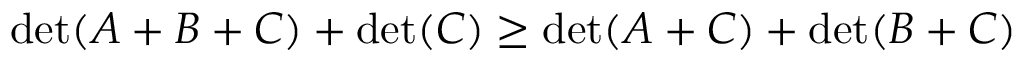
\operatorname* { d e t } ( A + B + C ) + \operatorname* { d e t } ( C ) \geq \operatorname* { d e t } ( A + C ) + \operatorname* { d e t } ( B + C )